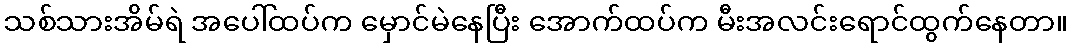
သစ်သားအိမ်ရဲ အပေါ်ထပ်က မှောင်မဲနေပြီး အောက်ထပ်က မီးအလင်းရောင်ထွက်နေတာ။